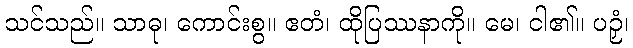
သင်သည်။ သာဓု၊ ကောင်းစွ။ ဧတံ၊ ထိုပြဿနာကို။ မေ၊ ငါ၏။ ပဉှံ၊